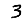
Digit: 3